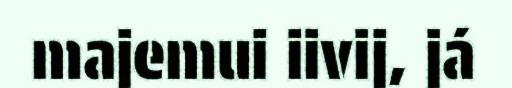
majemui iivij, já